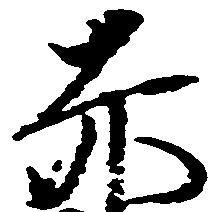
赤